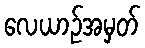
လေယာဉ်အမှတ်